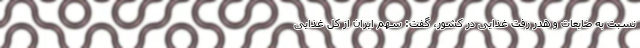
نسبت به ضایعات و هدر رفت غذایی در کشور، گفت: سهم ایران از کل غذایی